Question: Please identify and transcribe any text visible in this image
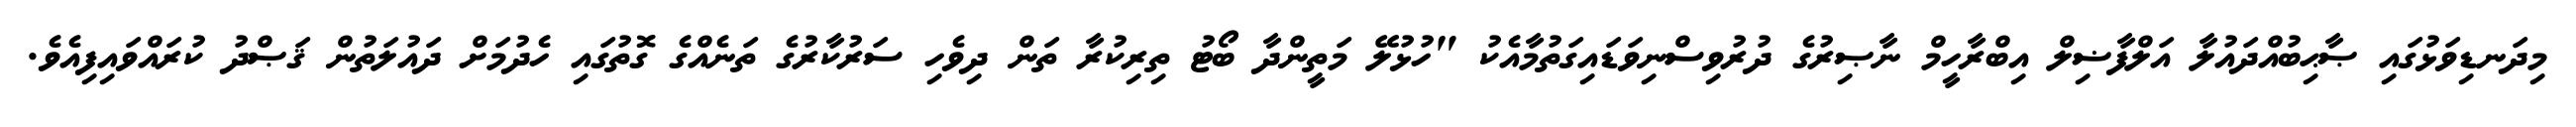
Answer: މިދަނޑިވަޅުގައި ޞާޙިބުއްދައުލާ އަލްފާޟިލް އިބްރާހީމް ނާޞިރުގެ ދުރުވިސްނިވަޑައިގަތުމާއެކު "ހުޅުލޭ މަތީންދާ ބޯޓު ތިރިކުރާ ތަން ދިވެހި ސަރުކާރުގެ ތަނެއްގެ ގޮތުގައި ހެދުމަށް ދައުލަތުން ޤަޞްދު ކުރައްވައިފިއެވެ.